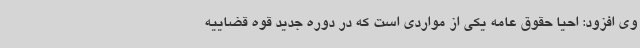
وی افزود: احیا حقوق عامه یکی از مواردی است که در دوره جدید قوه قضاییه